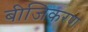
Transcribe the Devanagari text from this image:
बीजिकरण